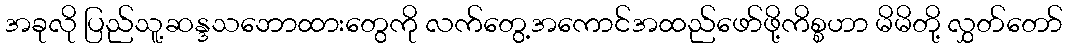
အခုလို ပြည်သူ့ဆန္ဒသဘောထားတွေကို လက်တွေ့အကောင်အထည်ဖော်ဖို့ကိစ္စဟာ မိမိတို့ လွှတ်တော်